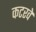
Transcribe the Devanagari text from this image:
कटरवे